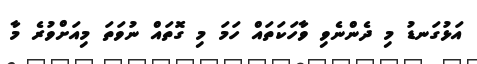
އަޅުގަނޑު މި ދެންނެވި ވާހަކަތައް ހަމަ މި ގޮތައް ނުވަތަ މިއަށްވުރެ މާ